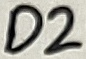
Text: D2